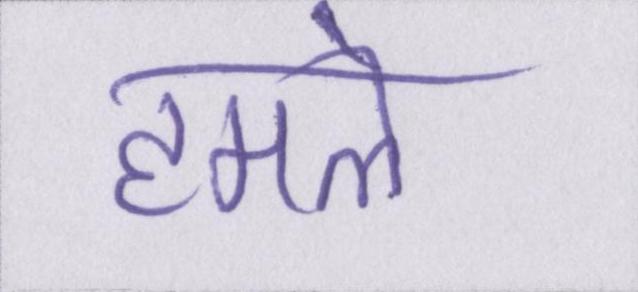
हमले